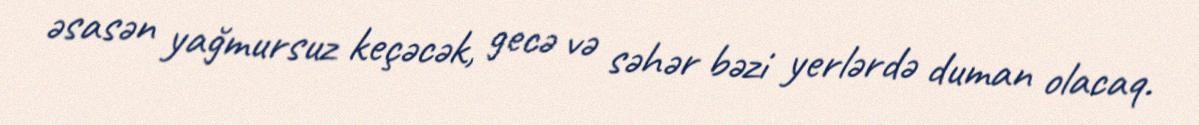
əsasən yağmursuz keçəcək, gecə və səhər bəzi yerlərdə duman olacaq.